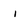
Character: i